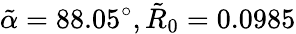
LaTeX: \tilde{\alpha}=88.05^{\circ},\tilde{R}_{0}=0.0985